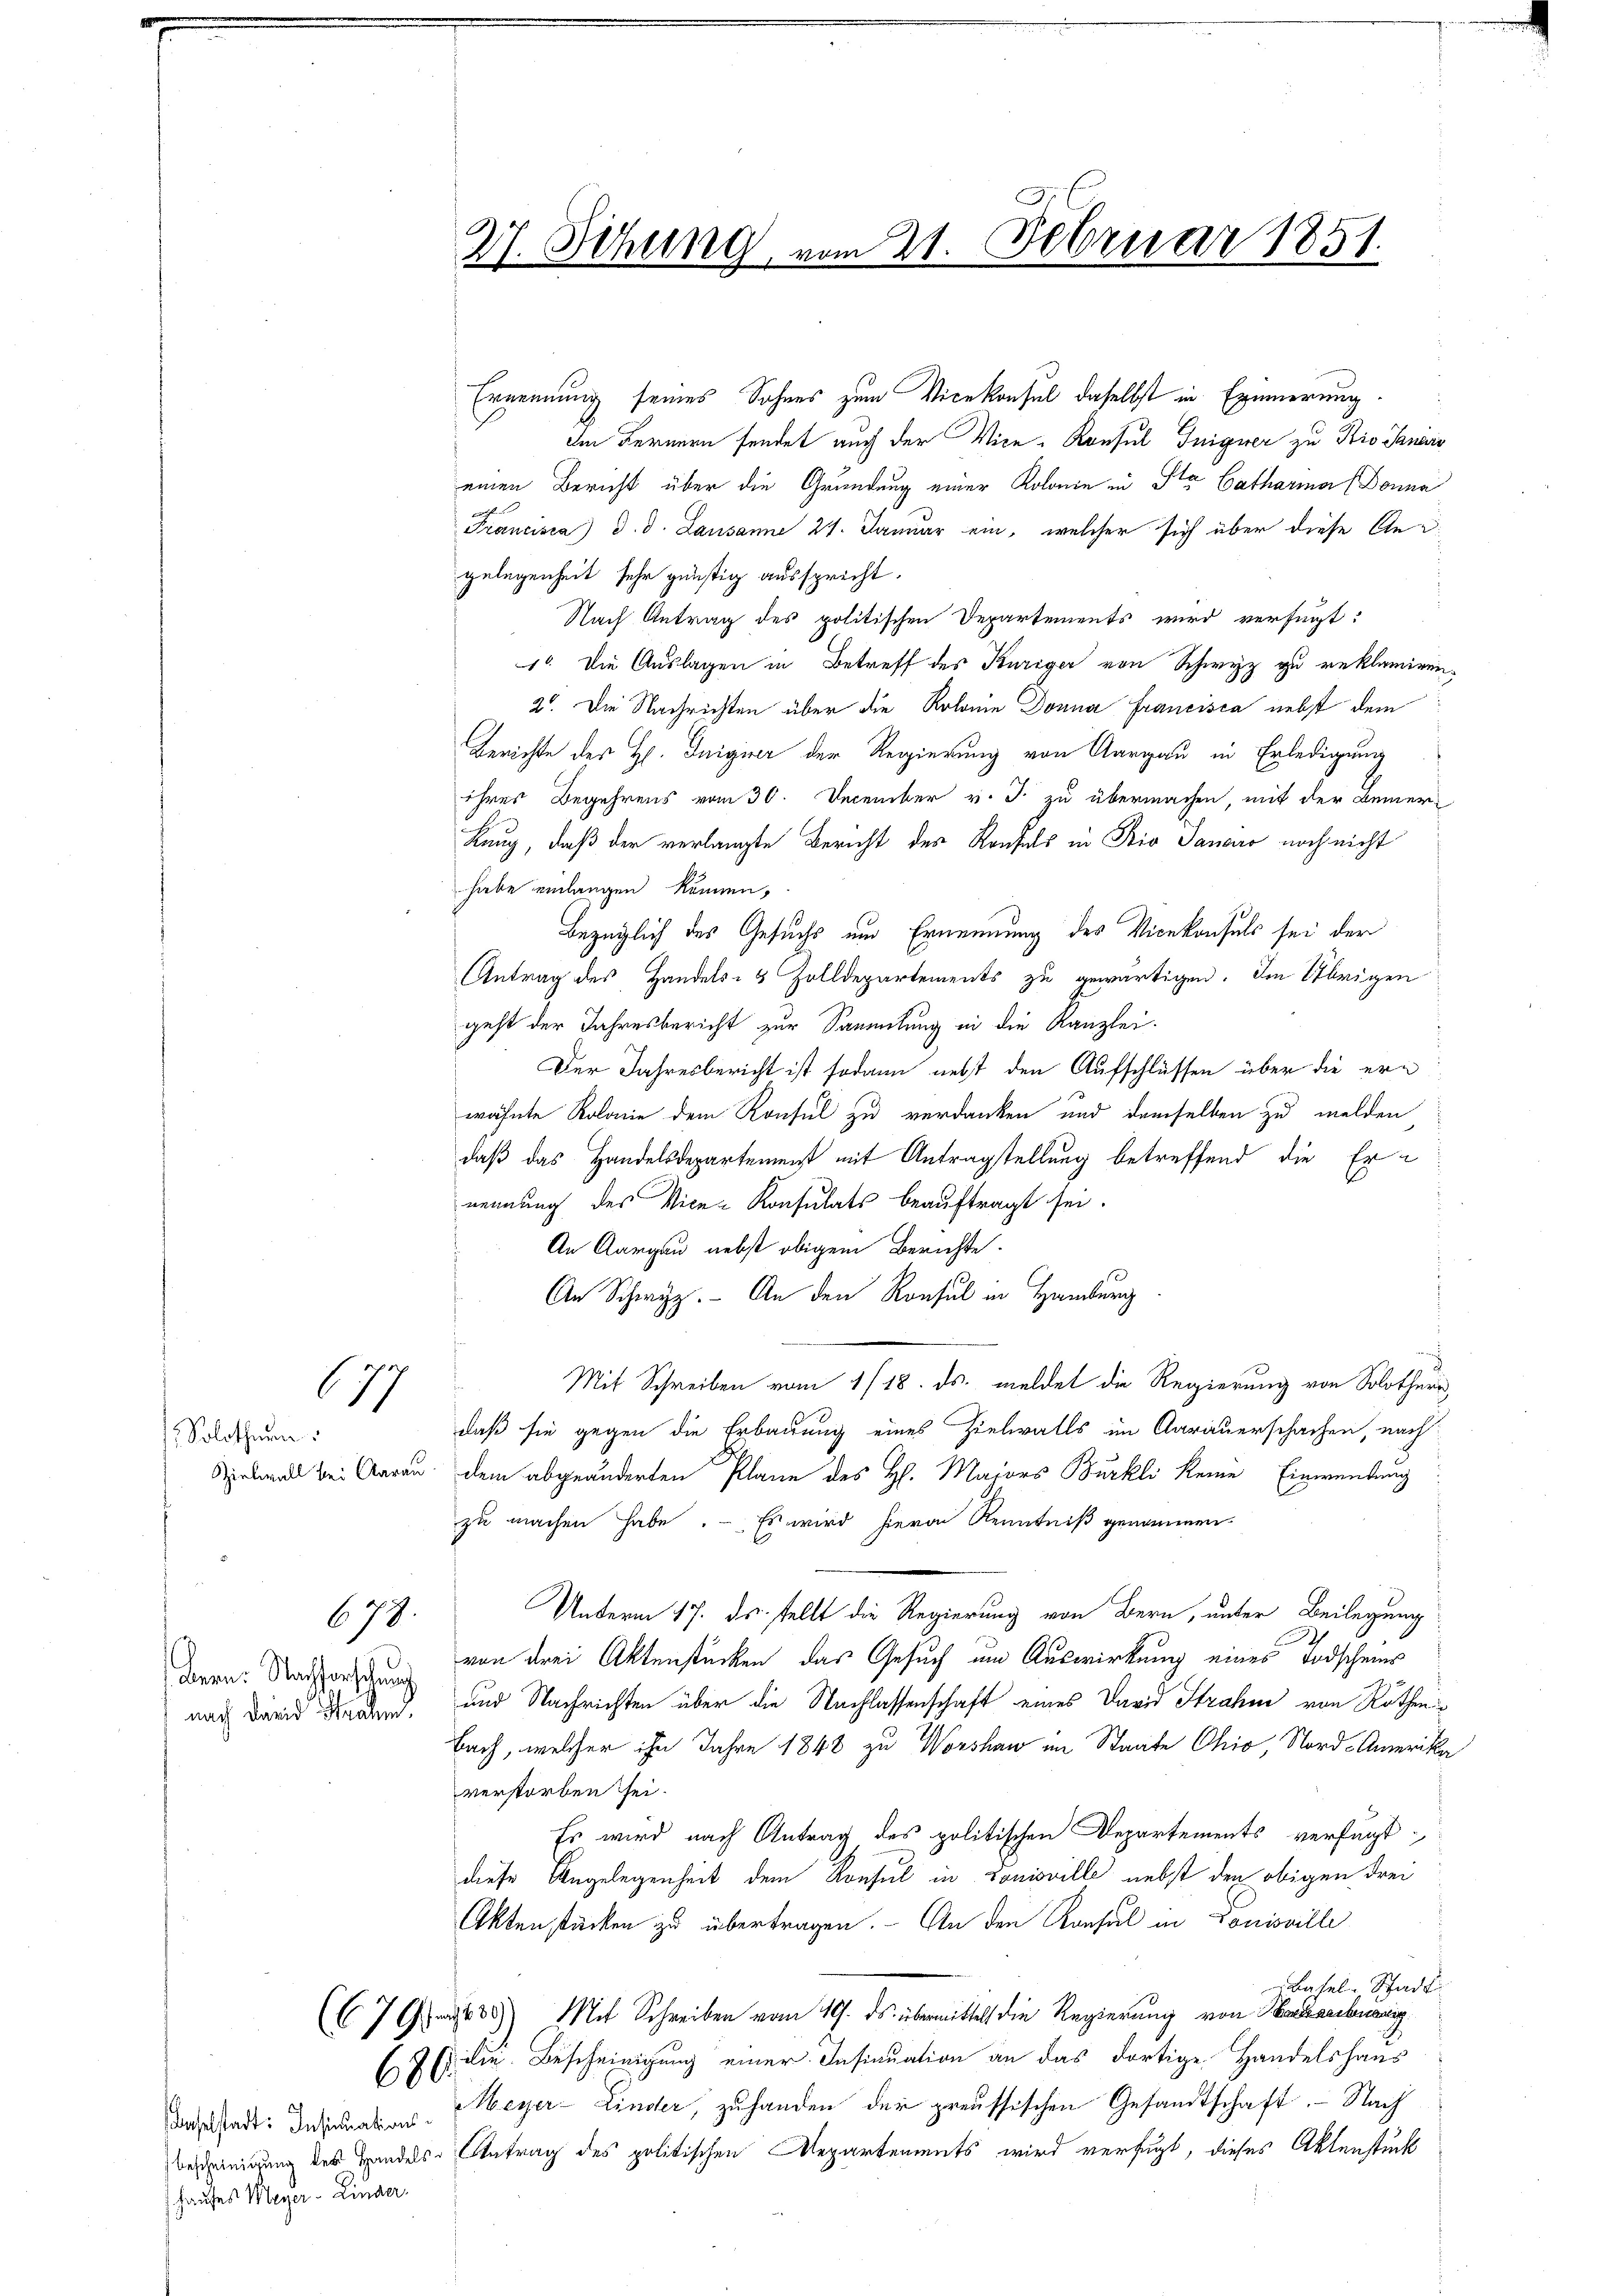
177

Solothurn.

679.
Bern: Nachforschung

Baselstadt: Insinuations¬
Hauses Meyer Linder

Ernennung seines Sohnes zum Vicekonsul daselbst in Erinnerung.
Im Fernern sendet auch der Vice-Konsul Tnigner zu Sio Sanidis
einen Bericht über die Gründung einer Kolonie in Sta Catharia (Donne
Francisca) d. d. Lausanne 21. Januar ein, welcher sich über diese Angelegenheit sehr günstig ausspricht.
Nach Antrag des politischen Departements wird verfügt:
1o. Die Auslagen in Betreff des Kuriger von Schwyz zu reklamiren,
2. Die Nachrichten über die Kolonie Donna Francisca nebst dem
Berichte der H. Iniginer der Regierung von Aargau in Erledigung
ihres Begehrens vom 30. December v. J. zu übermachen, mit der Bemer-
Kung, daß der verlangte Bericht des Konfels in Bio Sanaro noch nicht
habe einlangen können,
Bezüglich des Gesuchs und Ernennung des Vicekonsuls sei der
Antrag des Handels- & Zolldepartements zu gewärtigen. Im Übrigen
geht der Jahresbericht zur Sammlung in die Kanzlei.
Der Jahresbericht ist sodann nebst den Aufschlüssen über die ern
wähnte Kolonie dem Konsul zu verdanken und demselben zu melden
daß das Handelsdepartement mit Antragstellung betreffend die Ernennung des Vice-Konsulats beauftragt sei.
¬
An Aargau nebst obigem Berichte.
An Schwyz. An den Konsul in Hamburg
Mit Schreiben vom 1/18. ds. meldet die Regierung von Solothur,
daß sie gegen die Erbauung eines Zielwalls im Aarauerschachen, nach
Seball bei Aarau, dem abgeänderten Plane des H. Majors Bürkli keine Einwendung
zu machen habe. Es wird hievon Kenntniß genommen.
Unterm 17. ds. stellt die Regierung von Bern, unter Beilegung
.
von drei Aktenstücken das Gesuch um Auswirkung eines Todscheins
nach daris Brand, und Nachrichten über die Nachlassenschaft eines David Strahen von Rothen¬
Bach, welcher ihn Jahre 1848 zu Worshau im Staate Ohio, Nord-Amerika
verstorben sei.
Es wird nach Antrag des politischen Departements verfügt
diese Angelegenheit dem Konsul in Louisville nebst den obigen drei
Aktenstücken zu übertragen. An den Kausal in Louisville
Basel-Schade
(C7 8) Mit Schreiben vom 19. ds. übermittelt die Regierung von Korrechenauig
7 (s. die Bescheinigung einer Insinuation an das dortige Handelshaus
Meyer-Linder, zu handen der preussischen Gesandtschaft. - Nach
Beseinigung des Handels- Antrag des politischen Departements wird verfügt, dieses Aktenstück

27. Sitzung, vom 21. Februar 1851.